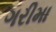
ગરીમા